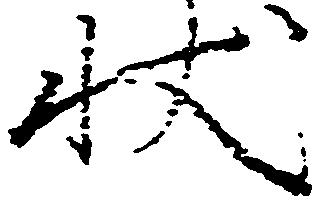
状